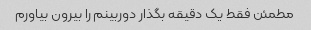
مطمئن فقط یک دقیقه بگذار دوربینم را بیرون بیاورم